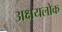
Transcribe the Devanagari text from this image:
अक्षयलोक